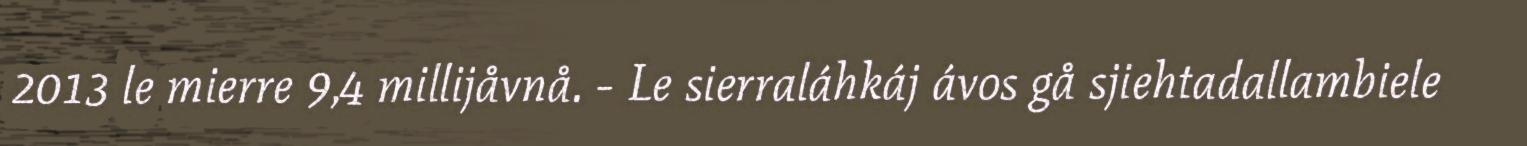
2013 le mierre 9,4 millijåvnå. - Le sierraláhkáj ávos gå sjiehtadallambiele